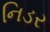
નિડર